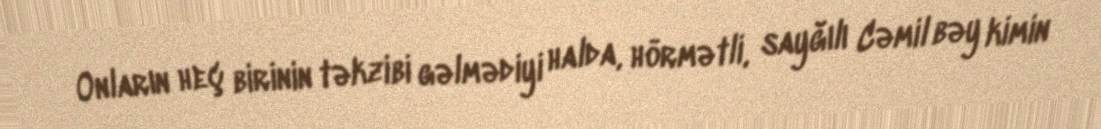
Onların heç birinin təkzibi gəlmədiyi halda, hörmətli, sayğılı Cəmil bəy kimin